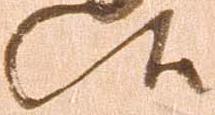
候